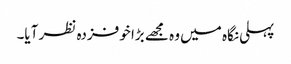
پہلی نگاہ میں وہ مجھے بڑا خوفزدہ نظر آیا۔